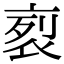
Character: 𧙩